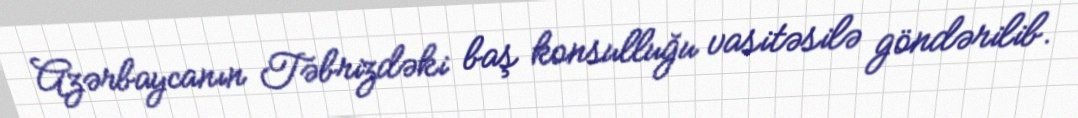
Azərbaycanın Təbrizdəki baş konsulluğu vasitəsilə göndərilib.